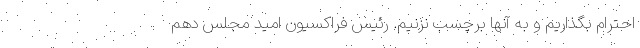
احترام بگذاریم و به آنها برچسب نزنیم. رئیس فراکسیون امید مجلس دهم